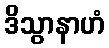
ဒိသွာနာဟံ